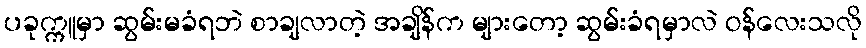
ပခုက္ကူမှာ ဆွမ်းမခံရဘဲ စာချလာတဲ့ အချိန်က များတော့ ဆွမ်းခံရမှာလဲ ဝန်လေးသလို